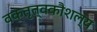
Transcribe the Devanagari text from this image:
वक्तृत्वकौशल्य